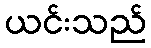
ယင်းသည်